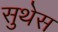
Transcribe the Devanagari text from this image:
सुथेस